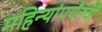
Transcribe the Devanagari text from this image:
महिन्यांपर्यंतची